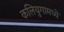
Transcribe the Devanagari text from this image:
कलियुगामध्ये